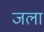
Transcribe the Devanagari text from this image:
जला